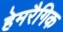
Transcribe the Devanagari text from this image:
हेमरैगिक